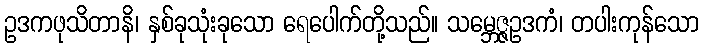
ဥဒကဖုသိတာနိ၊ နှစ်ခုသုံးခုသော ရေပေါက်တို့သည်။ သမ္ဘေဇ္ဇဥဒကံ၊ တပါးကုန်သော